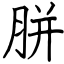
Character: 胼